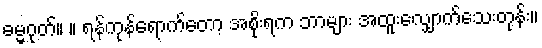
ဓမ္မဂုတ်။ ။ ရန်ကုန်ရောက်တော့ အစိုးရက ဘာများ အထူးလျှောက်သေးတုန်း။